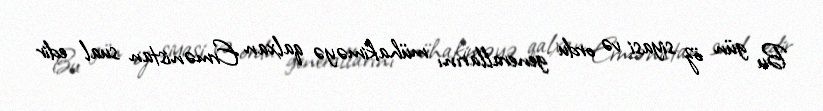
Bu gün öz siyasi və ordu generallarını mühakiməyə qalxan Ermənistan sual edir